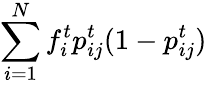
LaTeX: \sum_{i=1}^{N}f_{i}^{t}{p}_{ij}^{t}(1-{p}_{ij}^{t})